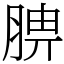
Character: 腗